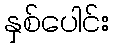
နှစ်ပေါင်း